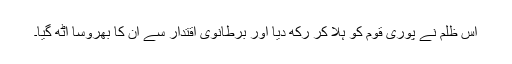
اس ظلم نے پوری قوم کو ہلا کر رکھ دیا اور برطانوی اقتدار سے ان کا بھروسا اُٹھ گیا۔